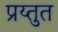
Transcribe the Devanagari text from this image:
प्रय्तुत